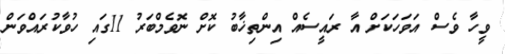
ވީހާ ވެސް އަވަހަކަށް އާ ރައީސެއް އިންތިޚާބު ކޮށް ނޮވެމްބަރު 11ގައި ހުވާކުރައްވަން